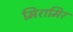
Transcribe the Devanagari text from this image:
मिरामिर